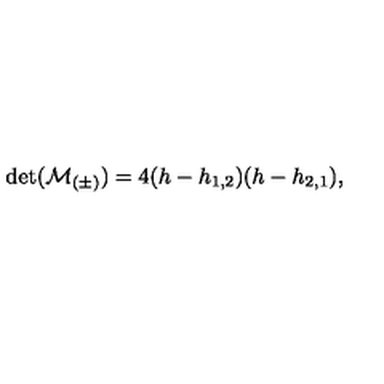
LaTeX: \det ( { \cal M } _ { ( \pm ) } ) = 4 ( h - h _ { 1 , 2 } ) ( h - h _ { 2 , 1 } ) { } ,